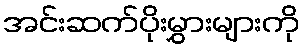
အင်းဆက်ပိုးမွှားများကို